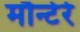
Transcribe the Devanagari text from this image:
मौन्टेरे